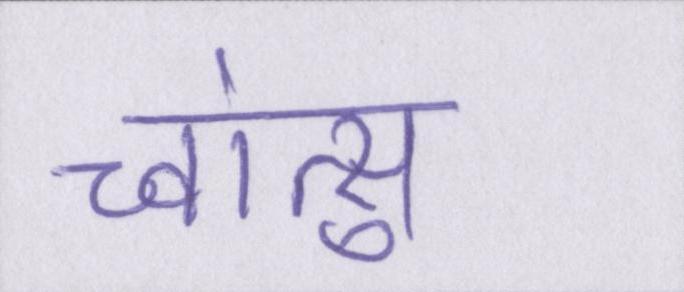
च्वांत्सु